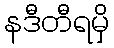
နဒီတီရမှိ